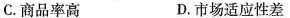
C.商品率高 D.市场适应性差